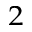
^ 2